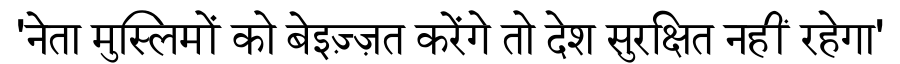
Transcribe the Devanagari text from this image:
'नेता मुस्लिमों को बेइज़्ज़त करेंगे तो देश सुरक्षित नहीं रहेगा'